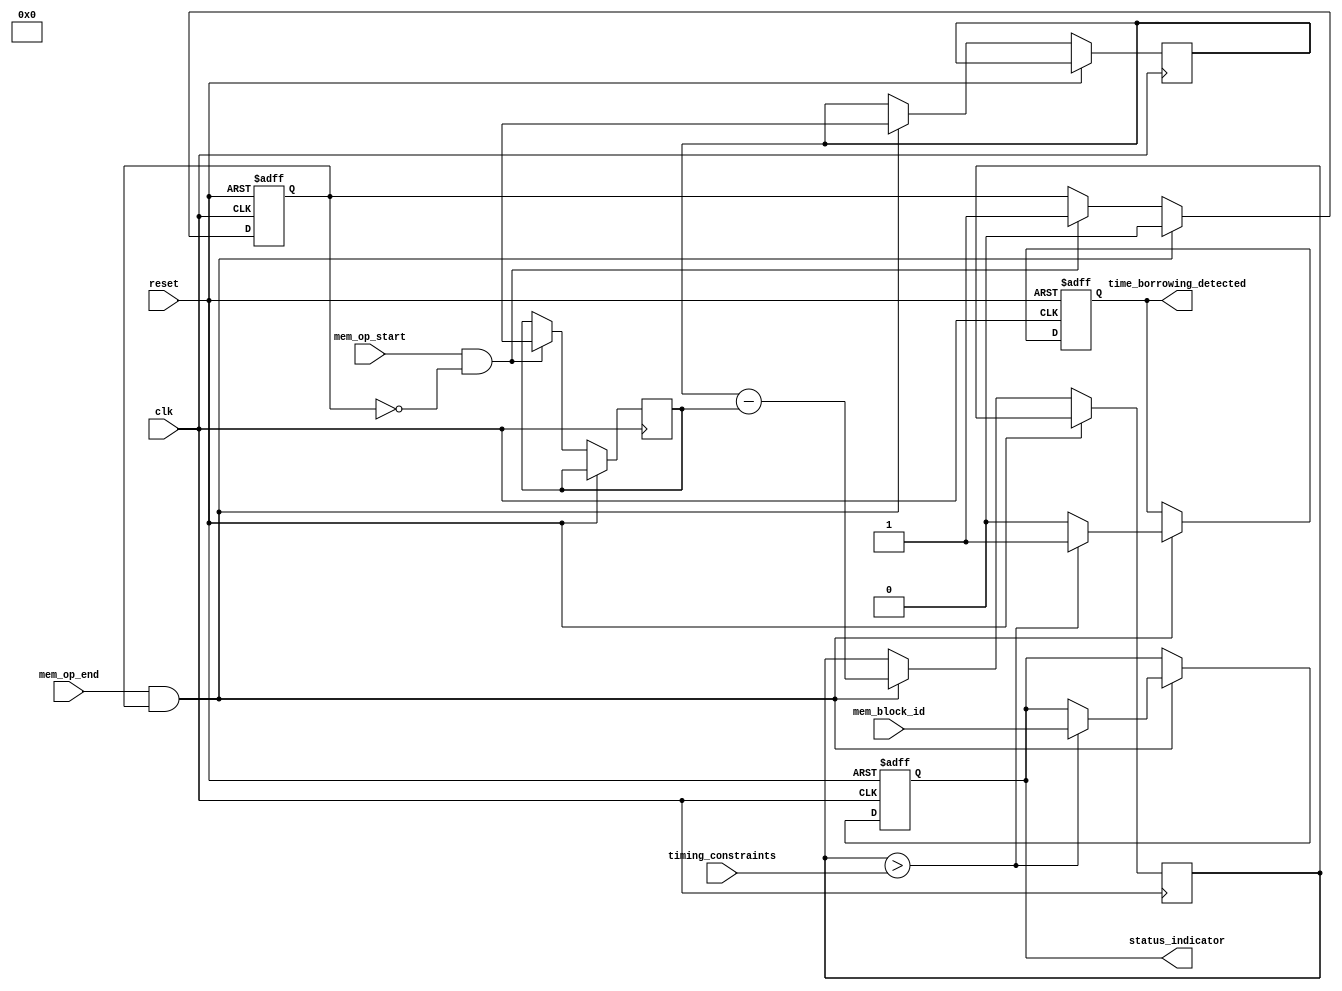
module MemoryBlocksTimeBorrowingDetector (
    input wire clk,                      // System clock
    input wire reset,                    // Reset signal
    input wire [3:0] mem_block_id,      // Memory block identifier
    input wire mem_op_start,             // Memory operation start signal
    input wire mem_op_end,               // Memory operation end signal
    input wire [31:0] timing_constraints, // Timing constraints for operations
    output reg time_borrowing_detected,  // Time borrowing detected flag
    output reg [3:0] status_indicator     // Status indicator for logging
);

    reg [31:0] start_timestamp;          // Start timestamp
    reg [31:0] end_timestamp;            // End timestamp
    reg [31:0] operation_duration;       // Duration of the operation

    // State to track memory operation
    reg mem_op_active;

    // Reset and Initialize
    always @(posedge clk or posedge reset) begin
        if (reset) begin
            time_borrowing_detected <= 0;
            status_indicator <= 4'b0000;
            mem_op_active <= 0;
        end else begin
            // Start of memory operation
            if (mem_op_start && !mem_op_active) begin
                start_timestamp <= $time; // Capture start time
                mem_op_active <= 1;       // Set operation active
            end
            
            // End of memory operation
            if (mem_op_end && mem_op_active) begin
                end_timestamp <= $time;   // Capture end time
                operation_duration <= end_timestamp - start_timestamp; // Calculate duration

                // Check against timing constraints
                if (operation_duration > timing_constraints) begin
                    time_borrowing_detected <= 1; // Flag time borrowing detected
                    status_indicator <= mem_block_id; // Log the memory block ID
                end else begin
                    time_borrowing_detected <= 0; // No time borrowing
                end

                mem_op_active <= 0; // Reset operation state
            end
        end
    end

endmodule